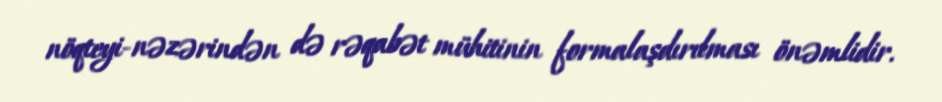
nöqteyi-nəzərindən də rəqabət mühitinin formalaşdırılması önəmlidir.